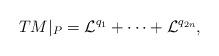
LaTeX: \begin{align*} TM\vert_{P}= \mathcal{L}^{q_1}+\dots + \mathcal{L}^{q_{2n}},\end{align*}